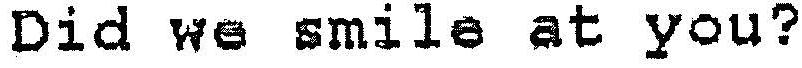
DID WE SMILE AT YOU?